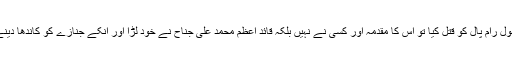
جب غازی علم دین نے گستاخ رسول رام پال کو قتل کیا تو اس کا مقدمہ اور کسی نے نہیں بلکہ قائد اعظم محمد علی جناح نے خود لڑا اور انکے جنازے کو کاندھا دینے والوں میں اقبال خود شامل تھے۔